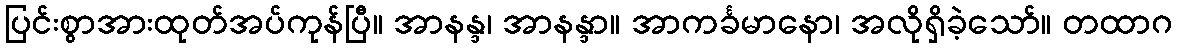
ပြင်းစွာအားထုတ်အပ်ကုန်ပြီ။ အာနန္ဒ၊ အာနန္ဒာ။ အာကင်္ခမာနော၊ အလိုရှိခဲ့သော်။ တထာဂ